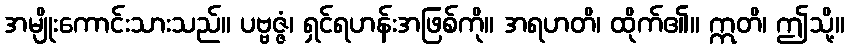
အမျိုးကောင်းသားသည်။ ပဗ္ဗဇ္ဇံ၊ ရှင်ရဟန်းအဖြစ်ကို။ အရဟတိ၊ ထိုက်၏။ ဣတိ၊ ဤသို့။